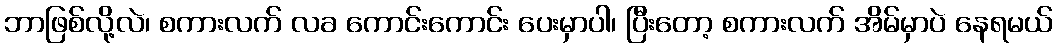
ဘာဖြစ်လို့လဲ၊ စကားလက် လခ ကောင်းကောင်း ပေးမှာပါ၊ ပြီးတော့ စကားလက် အိမ်မှာပဲ နေရမယ်